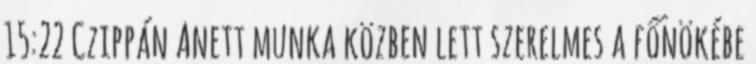
15:22 Czippán Anett munka közben lett szerelmes a főnökébe